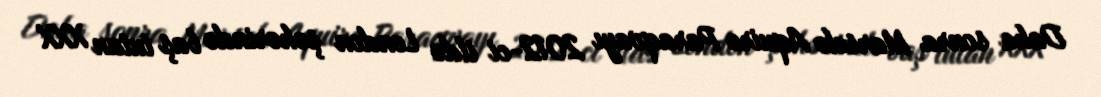
Daha sonra Marselo Aquire Paraqvayı 2012-ci ildə London şəhərində baş tutan XXX